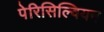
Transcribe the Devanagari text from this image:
पेरिसिल्वियन